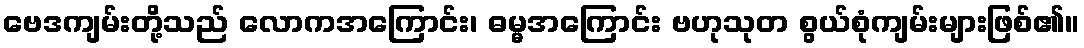
ဗေဒကျမ်းတို့သည် လောကအကြောင်း၊ ဓမ္မအကြောင်း ဗဟုသုတ စွယ်စုံကျမ်းများဖြစ်၏။